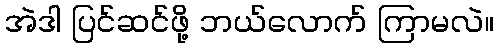
အဲဒါ ပြင်ဆင်ဖို့ ဘယ်လောက် ကြာမလဲ။